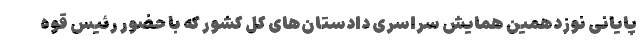
پایانی نوزدهمین همایش سراسری دادستان‌های کل کشور که با حضور رئیس قوه